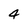
Character: 4